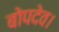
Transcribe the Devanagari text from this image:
बोपदेव।